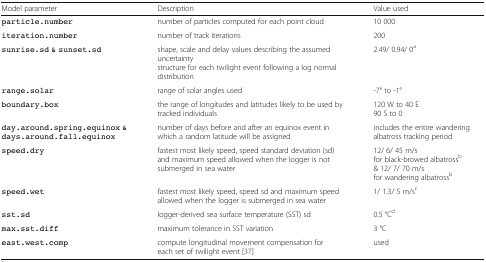
| Model parameter | Description | Value used |
 | --- | --- | --- |
 | particle.number | number of particles computed for each point cloud | 10 000 |
 | iteration.number | number of track iterations | 200 |
 | sunrise.sd & sunset.sd | shape, scale and delay values describing the assumed uncertainty structure for each twilight event following a log normal distribution | 2.49/ 0.94/ 0a |
 | range.solar | range of solar angles used | -7° to -1° |
 | boundary.box | the range of longitudes and latitudes likely to be used by tracked individuals | 120 W to 40 E90 S to 0 |
 | day.around.spring.equinox & days.around.fall.equinox | number of days before and after an equinox event in which a random latitude will be assigned | includes the entire wandering albatross tracking period |
 | speed.dry | fastest most likely speed, speed standard deviation (sd) and maximum speed allowed when the logger is not submerged in sea water | 12/ 6/ 45 m/sfor black-browed albatrossb & 12/ 7/ 70 m/sfor wandering albatrossb |
 | speed.wet | fastest most likely speed, speed sd and maximum speed allowed when the logger is submerged in sea water | 1/ 1.3/ 5 m/sc |
 | sst.sd | logger-derived sea surface temperature (SST) sd | 0.5 °Cd |
 | max.sst.diff | maximum tolerance in SST variation | 3 °C |
 | east.west.comp | compute longitudinal movement compensation for each set of twilight event [37] | used |